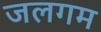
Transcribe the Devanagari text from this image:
जलगम